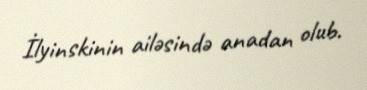
İlyinskinin ailəsində anadan olub.